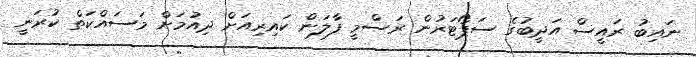
ނައިބު ރައީސް އަދީބުގެ ސަޕޯޓަރުން ރަސްމީ ފާލަން ކައިރިއަށް ދިއުމަށް މަސައްކަތް ކުރަނީ